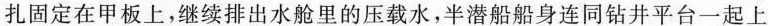
扎固定在甲板上，继续排出水舱里的压载水，半潜船船身连同钻井平台一起上